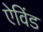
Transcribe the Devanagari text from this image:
ऐविंड